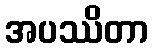
အပဿိတာ